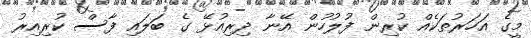
މީގެ އަހަރުތަކެއް ކުރިން ފުލުހުން އޭނާ ދިރިއުޅޭ ގެ ބަލައި ފާސް ކުރިއިރު